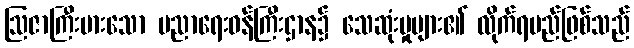
ဩဇာကြီးမားသော ပညာရေးဝန်ကြီးဌာန၌ သေဆုံးမှုများ၏ လိုက်ရမည်ဖြစ်သည်